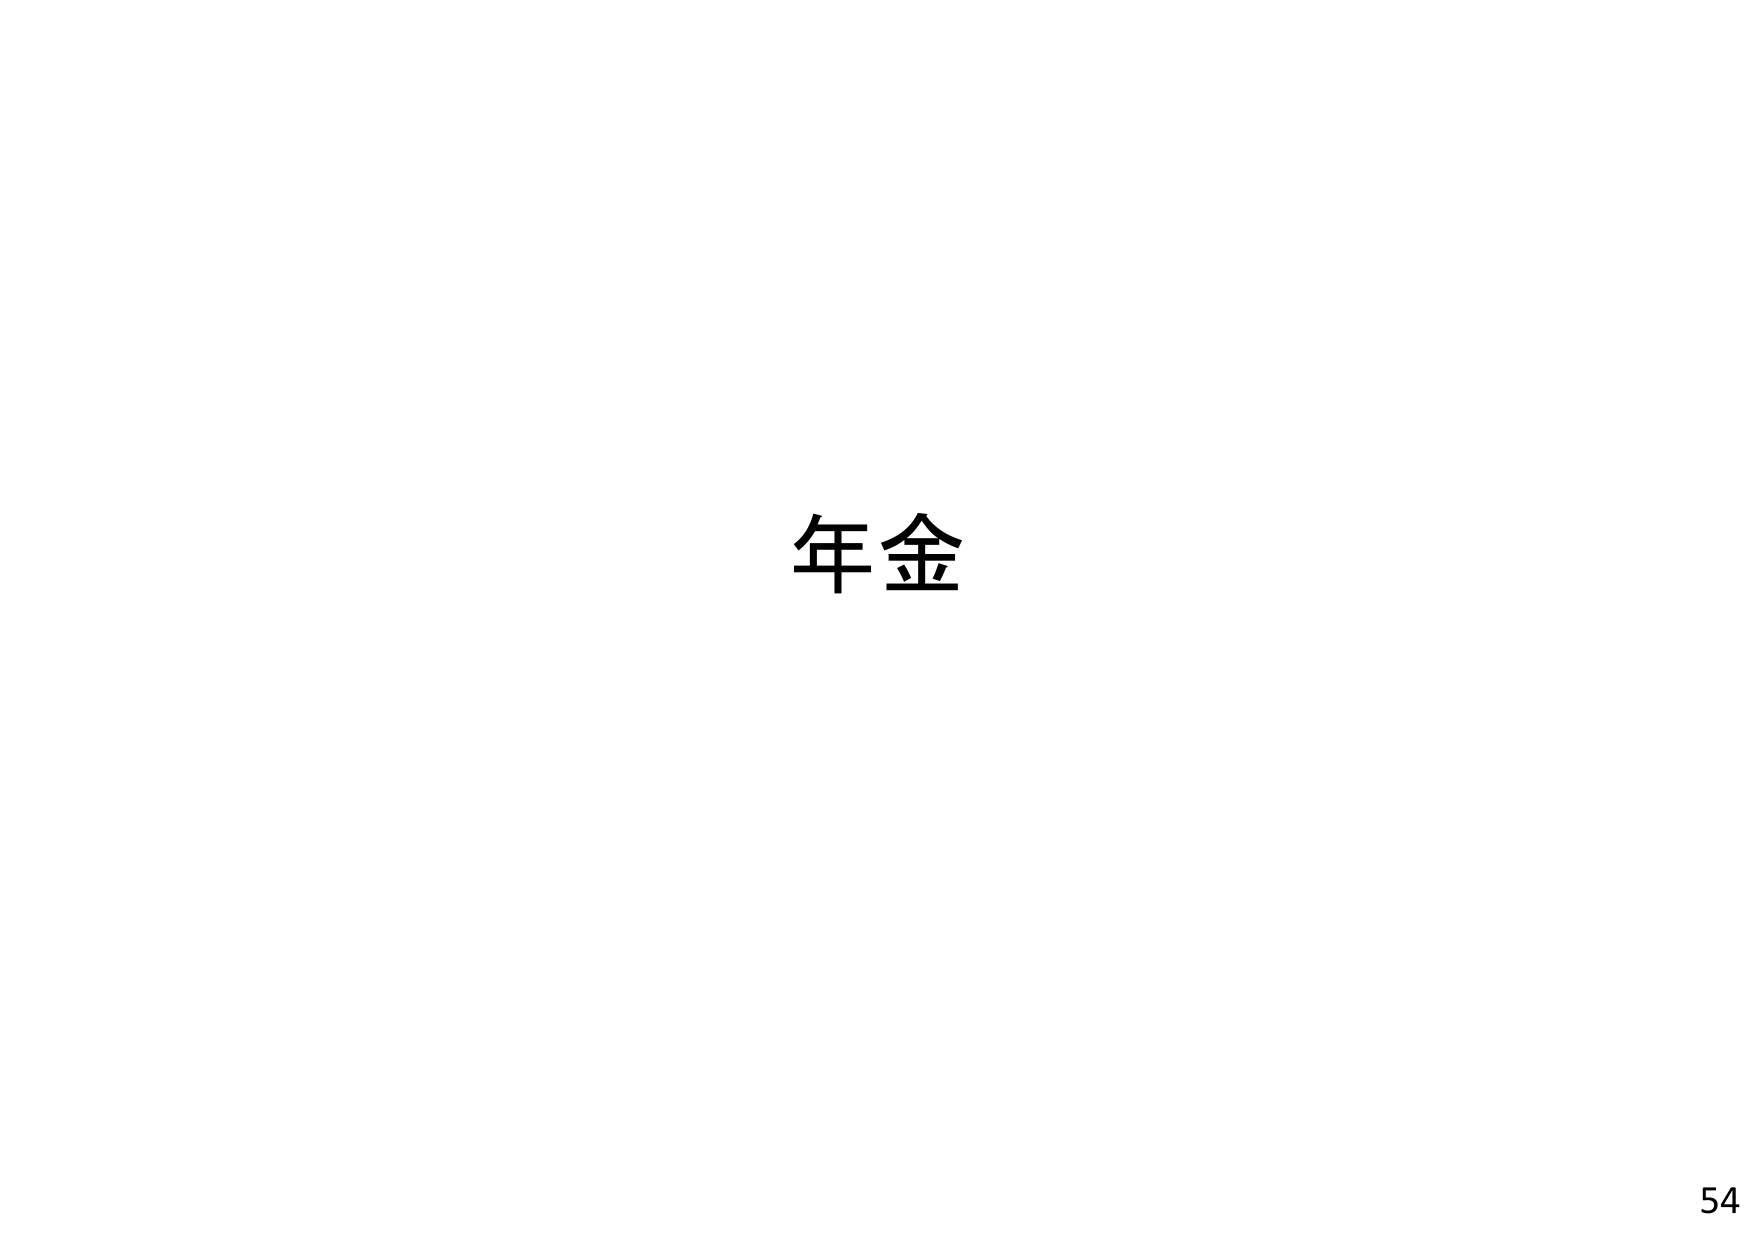
年金
54